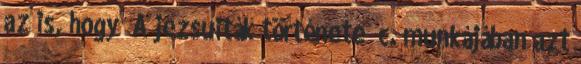
az is, hogy „A jezsuiták története” c. munkájában azt